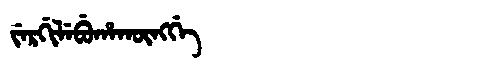
Manchu: ᠵᡝᡵᡤᡳᠯᡝᠪᡠᡥᠠᡴᡡᠩᡤᡝ
Romanization: JERGILEBUHAKŪNGGE